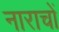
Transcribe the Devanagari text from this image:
नाराचों